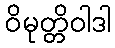
ဝိမုတ္တိဝါဒါ